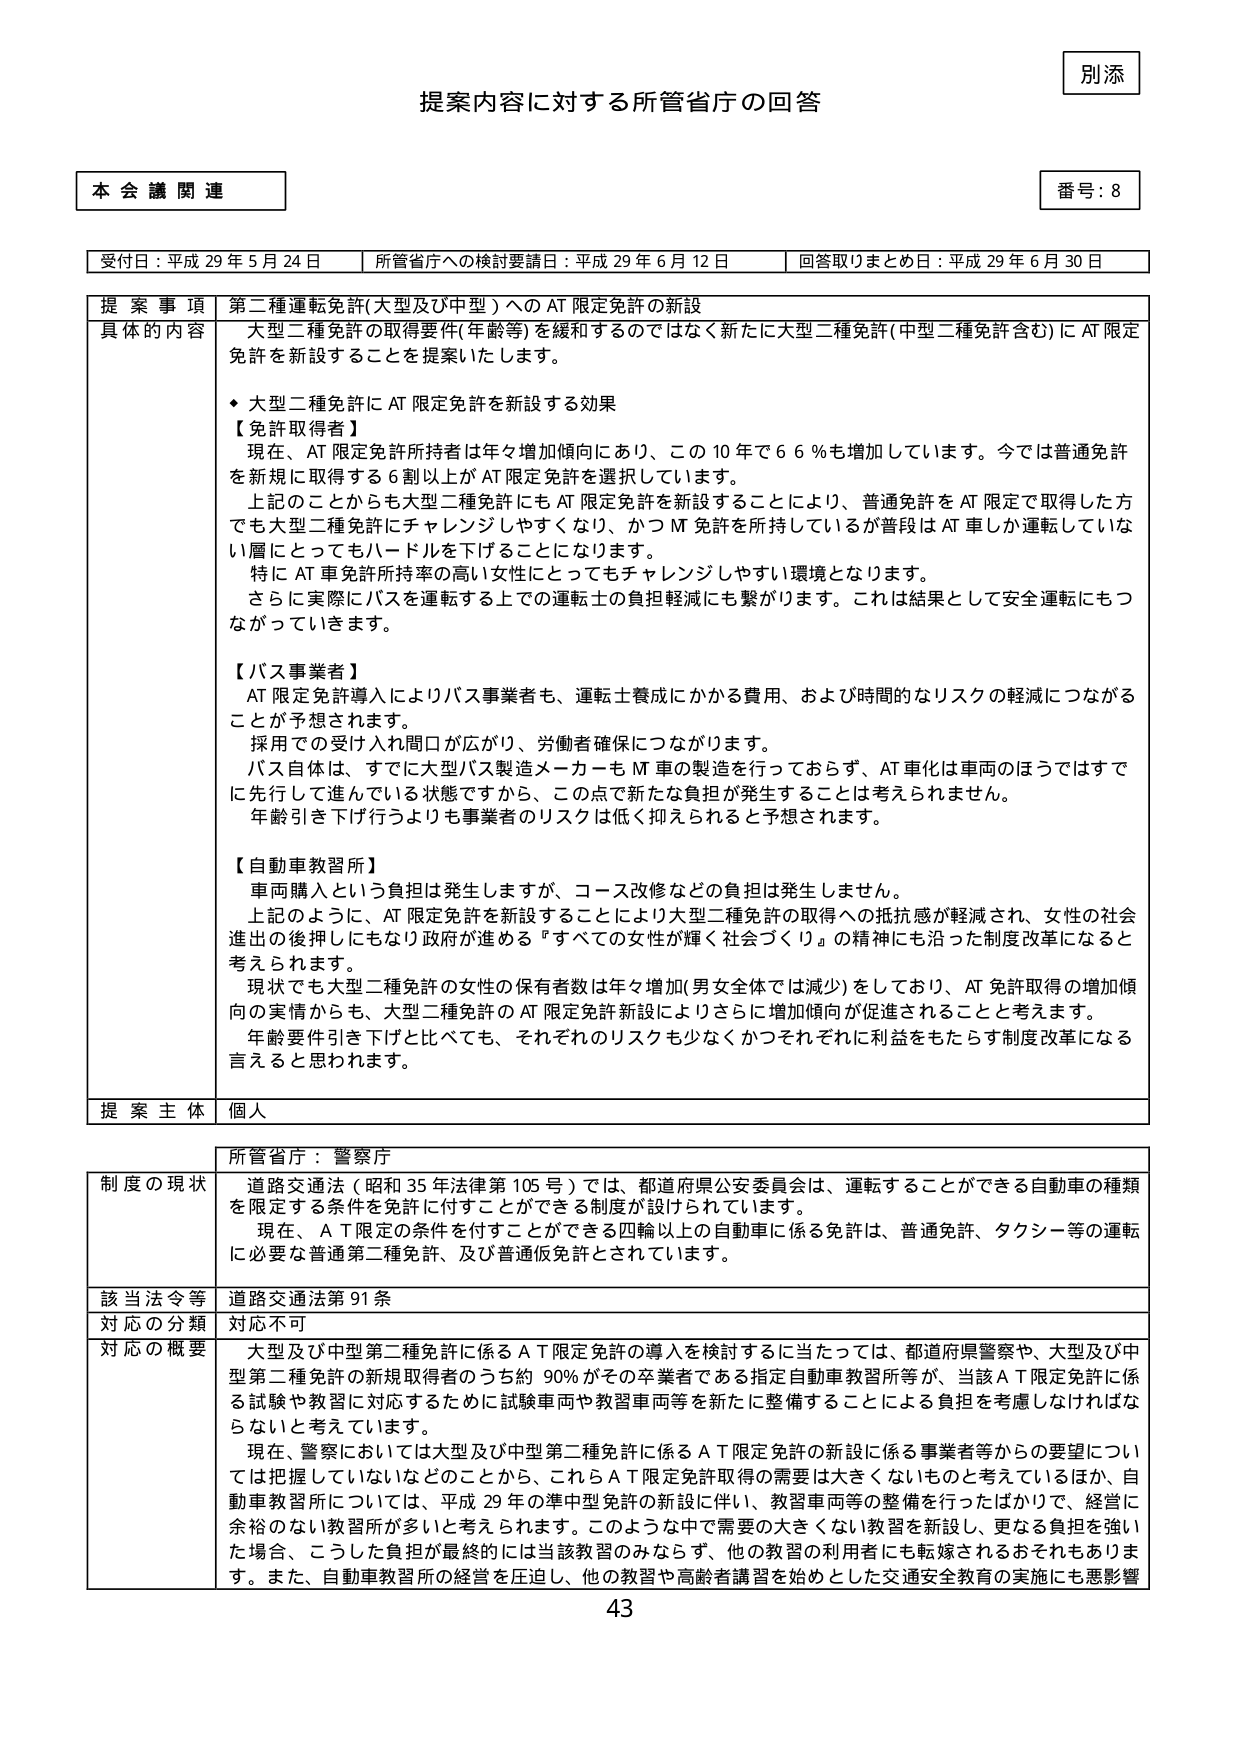
別添
提案内容に対する所管省庁の回答

本会議関連
番号：8

受付日：平成29年5月24日　所管省庁への検討要請日：平成29年6月12日　回答取りまとめ日：平成29年6月30日

提案事項　第二種運転免許（大型及び中型）へのAT限定免許の新設

具体的な内容　大型二種免許の取得要件（年齢等）を緩和するのではなく新たに大型二種免許（中型二種免許含む）にAT限定免許を新設することを提案いたします。

・大型二種免許にAT限定免許を新設する効果

【免許取得者】
現在、AT限定免許所持者は年々増加傾向にあり、この10年で66％も増加しています。今では普通免許を新規に取得する6割以上がAT限定免許を選択しています。
上記のことからも大型二種免許にもAT限定免許を新設することにより、普通免許をAT限定で取得した方でも大型二種免許にチャレンジしやすくなり、かつM免許を所持しているが普段はAT車しか運転していない層にとってもハードルを下げることになります。
特にAT車免許所持率の高い女性にとってもチャレンジしやすい環境となります。
さらに実際にバスを運転する上での運転士の負担軽減にも繋がります。これは結果として安全運転にもつながっていきます。

【バス事業者】
AT限定免許導入によりバス事業者も、運転士養成にかかる費用、および時間的なリスクの軽減につながることが予想されます。
採用での受け入れ関口が広がり、労働者確保につながります。
バス自体は、すでに大型バス製造メーカーもMT車の製造を行っておらず、AT車化は車両のほうではすでに先行して進んでいる状態ですから、この点で新たな負担が発生することは考えられません。
年齢引き下げ行うよりも事業者のリスクは低く抑えられると予想されます。

【自動車教習所】
車両購入という負担は発生しますが、コース改修などの負担は発生しません。
上記のように、AT限定免許を新設することにより大型二種免許の取得への抵抗感が軽減され、女性の社会進出の後押しにもなり政府が進める「すべての女性が輝く社会づくり」の精神にも沿った制度改革になると考えられます。
現状でも大型二種免許の女性の保有者数は年々増加（男女全体では減少）をしており、AT免許取得の増加傾向の実情からも、大型二種免許のAT限定免許新設によりさらに増加傾向が促進されることと考えます。
年齢要件引き下げと比べても、それぞれのリスクも少なくかつそれぞれに利益をもたらす制度改革になる言えると思われます。

提案主体　個人

所管省庁：警察庁

制度の現状　道路交通法（昭和35年法律第105号）では、都道府県公安委員会は、運転することができる自動車の種類を限定する条件を免許に付すことができる制度が設けられています。
現在、AT限定の条件を付すことができる四輪以上の自動車に係る免許は、普通免許、タクシー等の運転に必要な普通第二種免許、及び普通仮免許とされています。

該当法令等　道路交通法第91条
対応の分類　対応不可

対応の概要　大型及び中型第二種免許に係るAT限定免許の導入を検討するに当たっては、都道府県警察や、大型及び中型第二種免許の新規取得者のうち約90％がその卒業者である指定自動車教習所等が、当該AT限定免許に係る試験や教習に対応するために試験車両や教習車両等を新たに整備することによる負担を考慮しなければならないと考えています。
現在、警察においては大型及び中型第二種免許に係るAT限定免許の新設に係る事業者等からの要望については把握していないなどのことから、これらAT限定免許取得の需要は大きくないものと考えているほか、自動車教習所については、平成29年の準中型免許の新設に伴い、教習車両等の整備を行ったばかりで、経営に余裕のない教習所が多いと考えられます。このような中で需要の大きくない教習を新設し、更なる負担を強いた場合、こうした負担が最終的には当該教習のみならず、他の教習の利用者にも転嫁されるおそれもあります。また、自動車教習所の経営を圧迫し、他の教習や高齢者講習を始めとした交通安全教育の実施にも悪影響

43